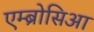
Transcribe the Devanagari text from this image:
एम्ब्रोसिआ